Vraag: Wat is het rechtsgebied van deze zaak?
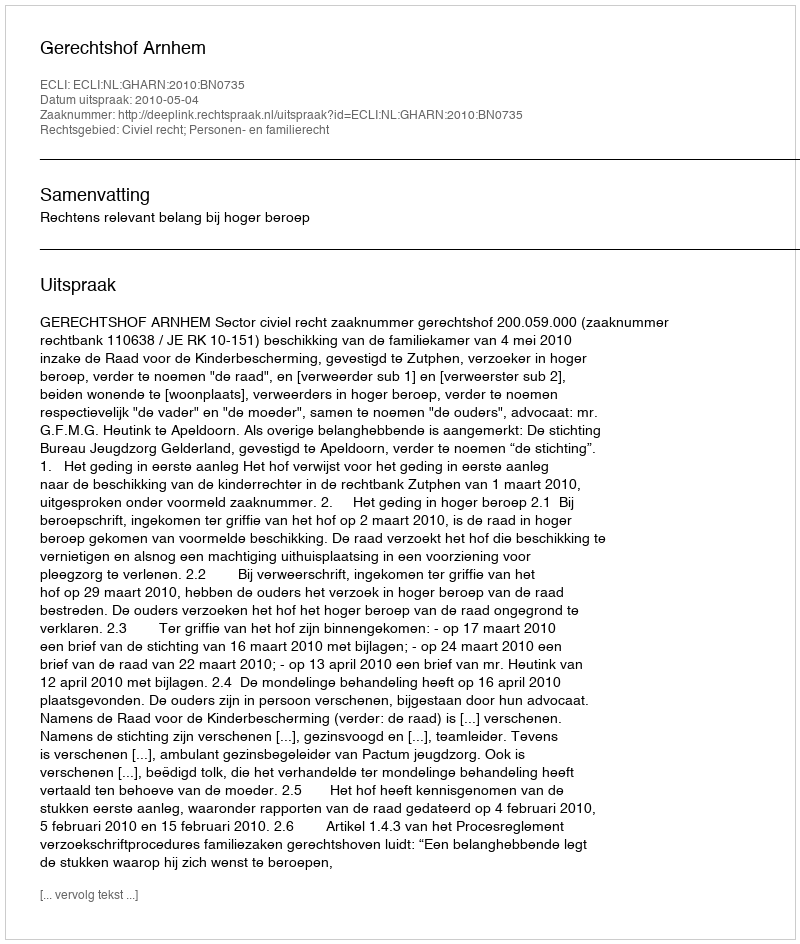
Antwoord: Civiel recht; Personen- en familierecht